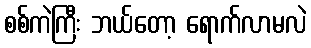
စစ်ကဲကြီး ဘယ်တော့ ရောက်လာမလဲ